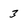
Character: 3